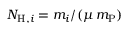
N _ { \mathrm { H } , i } = m _ { i } / ( \mu \, m _ { \mathrm { P } } )